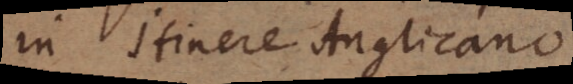
in itinere Anglicano